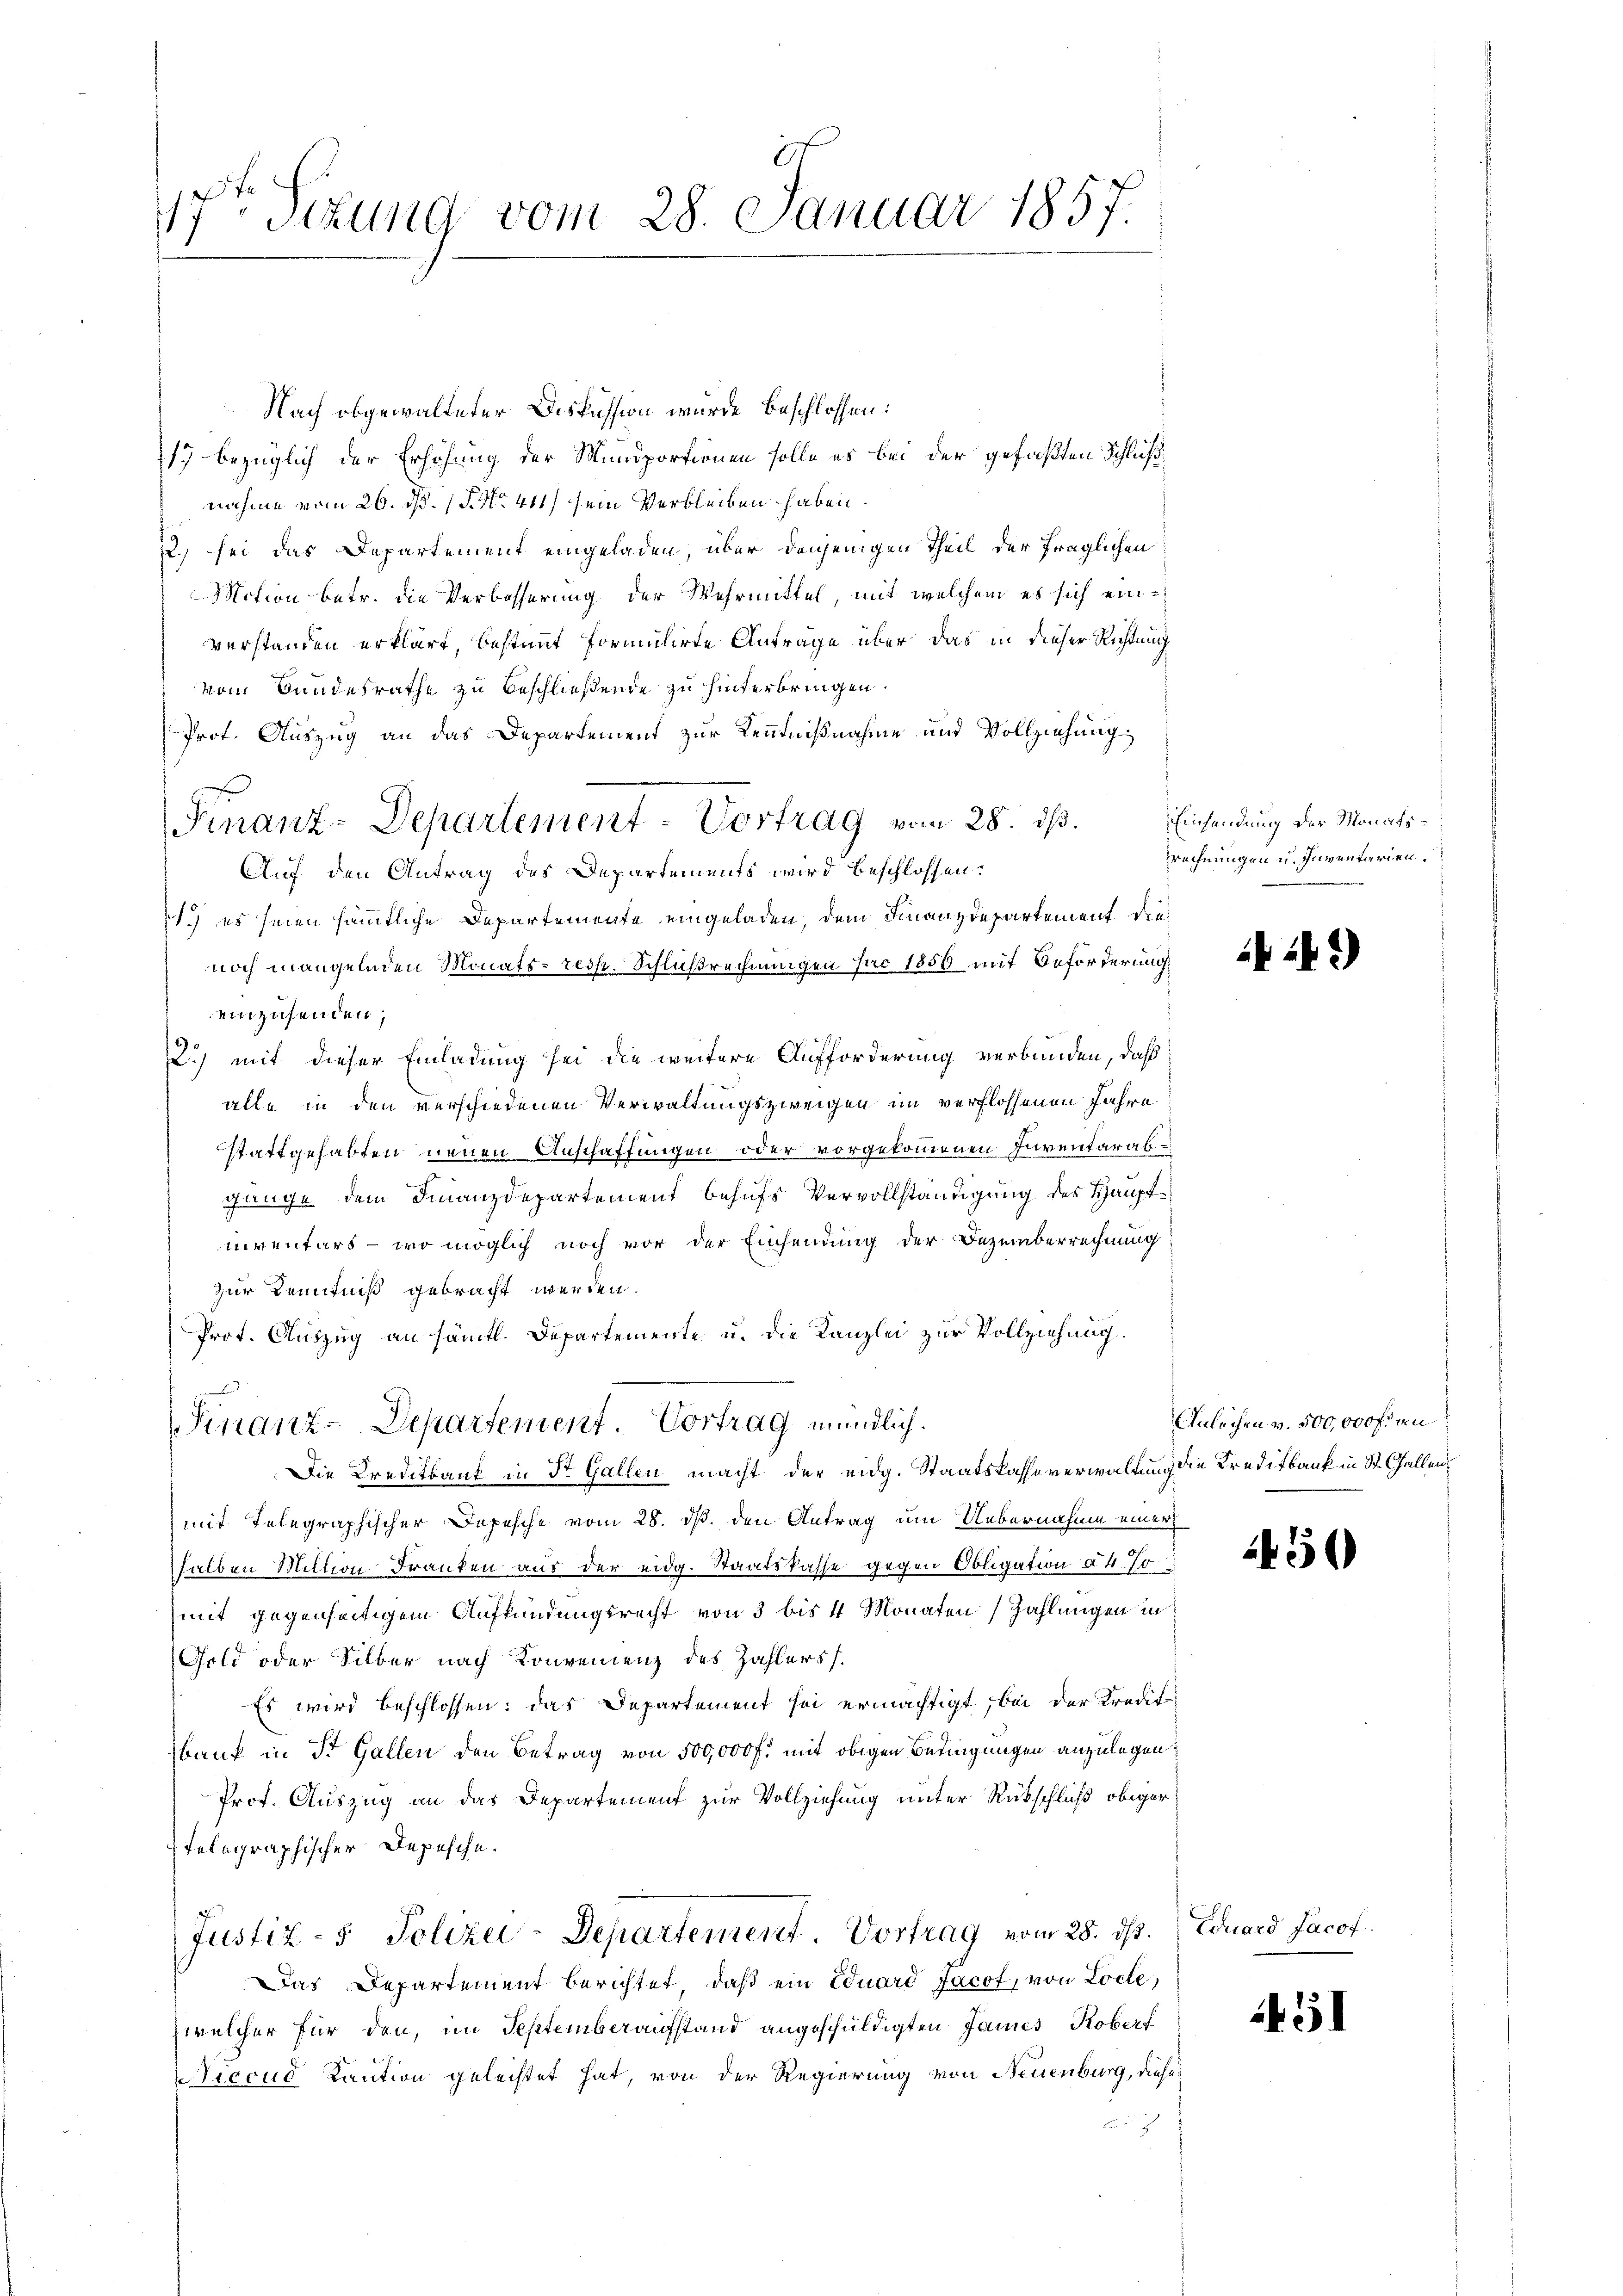
17ten Situng vom 28. Januar 1857.

Finanz-Departement - Vortrag vom 28. ds. Einsendung der Monats¬

Nach obgewalteter Diskussion wurde beschlossen:
sy bezüglich der Erhöhung der Mundportionen solle es bei der gefaßten Schlußnahme vom 26. d. 15. No. 441 sein Verbleiben haben.
.) sei das Departement eingeladen, über denjenigen Theil der fraglichen
Motion betr. die Verbesserung der Wehrmittel, mit welchem es sich einverstanden erklärt, bestimmt formulirte Anträge über das in dieser Richtung
vom Bundesrathe zu beschließende zu hinterbringen.
Prot. Auszug an das Departement zur Kenntnißnahme und Vollziehung
Auf den Antrag des Departements wird beschlossen:
) es seien sämmtliche Departemente eingeladen, dem Finanzdepartement dienoch mangelnden Monats- resp. Schlußrechnungen pro 1856 mit Beförderung
einzusenden;
2.) mit dieser Einladung sei die weitere Aufforderung verbunden, daß
alle in den verschiedenen Verwaltungszweigen im verflossenen Jahre
stattgehabten neuen Anschaffungen oder vorgekommenen Inventarabgänge dem Finanzdepartement behufs Vervollständigung des Hauptniventars - wo möglich noch vor der Einsendung der Dezemberrechnung
zur Kenntniß gebracht werden.
Prot. Auszug an sämmtl. Departemente u. die Kanzlei zur Vollziehung.
Finanz-Departement. Vortrag mündlich.
Die Kreditkant in St. Gallen macht der eidg. Staatskasse verwaltung die Kreditbank in St. Gallen
mit Telegraphischer Depesche vom 28. ds. den Antrag um Uebernahme einer
halben Million Franken aus der eidg. Staatskasse gegen Obligation à 4. so
mit gegenseitigem Aufkündungsrecht von 3 bis 4 Monaten Zahlungen in
Gold oder Silber nach Konvenienz des Zahlers
Es wird beschlossen: das Departement sei ermächtigt, bei der Kredit
bank in St. Gallen den Betrag von 500,000 f: mit obigen Betragungen anzulegen:
Prof. Auszug an das Departement zur Vollziehung unter Rückschluß obiger
Telegraphischer Depesche.
Justiz- & Polizei-Departement. Vortrag vom 28. ds.
Das Departement berichtet, daß ein Eduard Jacot, von Loche,
zwelcher für den, im Septemberaufstand angeschuldigten James Koberf
Viccus Kaution geleistet hat, von der Regierung von Neuenburg, diese

rrechnungen u. Inventarien.

249)

Anleihen v. 500,000 fr an

450

Eduard Jacof

51